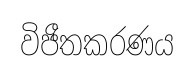
විජීතකරණය